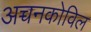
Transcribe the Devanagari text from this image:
अच्चनकोविल